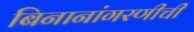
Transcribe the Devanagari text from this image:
बिनानांगरणीची